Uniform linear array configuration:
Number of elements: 48
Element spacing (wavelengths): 1
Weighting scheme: hamming
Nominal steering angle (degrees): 60
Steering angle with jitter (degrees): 60.311
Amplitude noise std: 0.05
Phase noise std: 0.05

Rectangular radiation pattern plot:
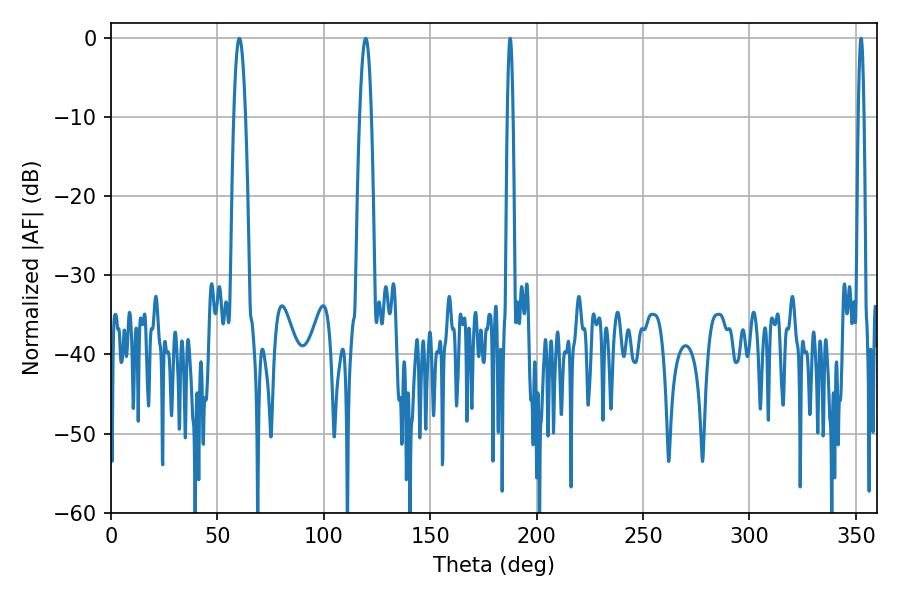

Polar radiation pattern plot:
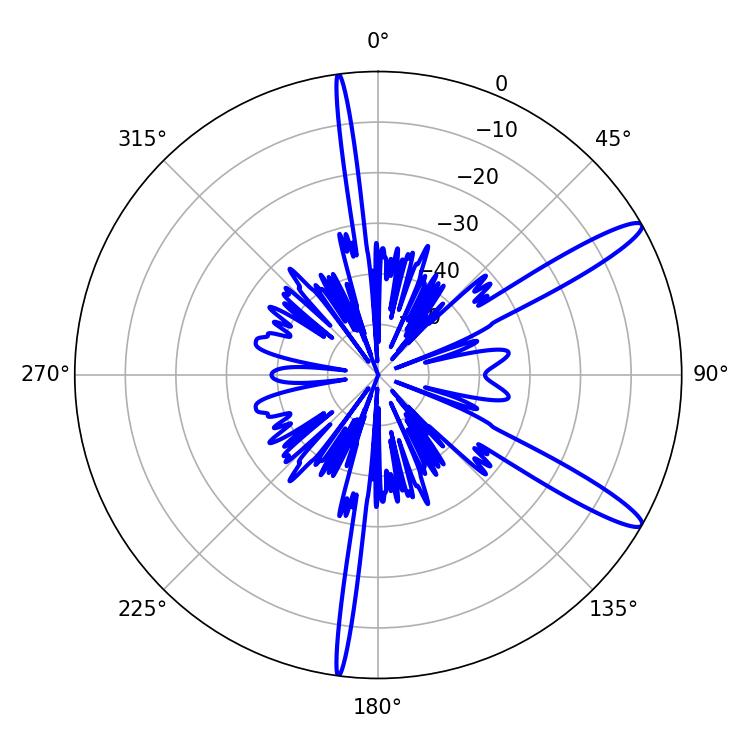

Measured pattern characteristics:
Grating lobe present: TRUE
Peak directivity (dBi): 13.314
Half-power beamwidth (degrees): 3.06
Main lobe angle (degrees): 60.3